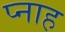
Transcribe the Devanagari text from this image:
प्नाह